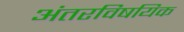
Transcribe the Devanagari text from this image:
अंतरविषयिक